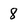
Character: 8